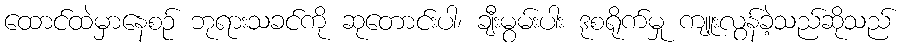
ထောင်ထဲမှာနေစဉ် ဘုရားသခင်ကို ဆုတောင်းပါ၊ ချီးမွမ်းပါး ဒုစရိုက်မှု ကျူးလွန်ခဲ့သည်ဆိုသည်